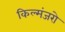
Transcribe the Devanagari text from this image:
किल्मंजरो